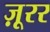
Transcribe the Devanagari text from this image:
ज़ूरर